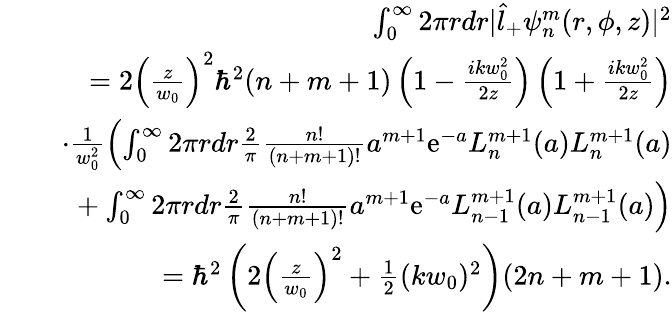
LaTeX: \begin{array}{rlr}&{}&{\int_{0}^{\infty}2\pi rdr|\hat{l}_{+}\psi_{n}^{m}(r,\phi,z)|^{2}}\\ &{}&{=2\left(\frac{z}{w_{0}}\right)^{2}\hbar^{2}(n+m+1)\left(1-\frac{ikw_{0}^{2}}{2z}\right)\left(1+\frac{ikw_{0}^{2}}{2z}\right)}\\ &{}&{\cdot\frac{1}{w_{0}^{2}}\left(\int_{0}^{\infty}2\pi rdr\frac{2}{\pi}\frac{n!}{(n+m+1)!}a^{m+1}\mathrm{e}^{-a}L_{n}^{m+1}(a)L_{n}^{m+1}(a)\right.}\\ &{}&{\left.\ \ +\int_{0}^{\infty}2\pi rdr\frac{2}{\pi}\frac{n!}{(n+m+1)!}a^{m+1}\mathrm{e}^{-a}L_{n-1}^{m+1}(a)L_{n-1}^{m+1}(a)\right)}\\ &{}&{=\hbar^{2}\left(2\left(\frac{z}{w_{0}}\right)^{2}+\frac{1}{2}(kw_{0})^{2}\right)(2n+m+1).}\end{array}